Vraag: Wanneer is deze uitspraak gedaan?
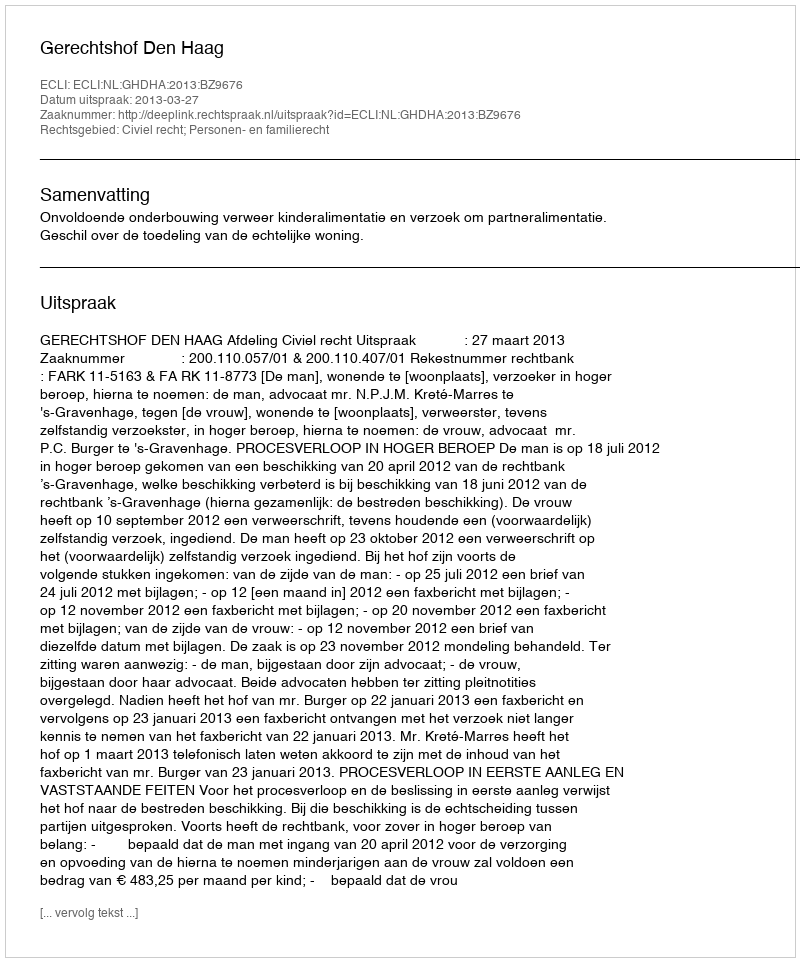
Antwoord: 2013-03-27